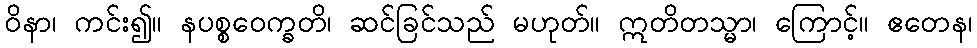
ဝိနာ၊ ကင်း၍။ နပစ္စဝေက္ခတိ၊ ဆင်ခြင်သည် မဟုတ်။ ဣတိတသ္မာ၊ ကြောင့်။ ဧတေန၊